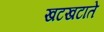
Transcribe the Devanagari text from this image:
खटखटाते